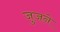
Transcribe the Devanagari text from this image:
जुजने